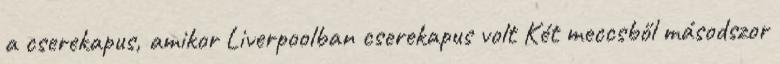
a cserekapus, amikor Liverpoolban cserekapus volt Két meccsből másodszor